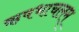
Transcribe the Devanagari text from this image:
ऋषभाचलम्